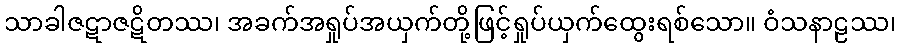
သာခါဇဋာဇဋိတဿ၊ အခက်အရှုပ်အယှက်တို့ဖြင့်ရှုပ်ယှက်ထွေးရစ်သော။ ဝံသနာဠဿ၊